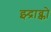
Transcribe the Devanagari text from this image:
झ्द्राव्को